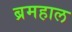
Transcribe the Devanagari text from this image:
ब्रमहाल